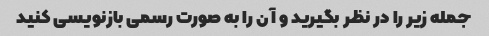
جمله زیر را در نظر بگیرید و آن را به صورت رسمی بازنویسی کنید